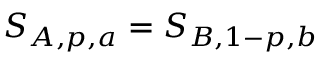
S _ { A , p , a } = S _ { B , 1 - p , b }